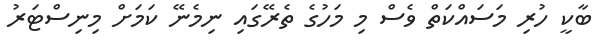
ބާކީ ހުރި މަސައްކަތް ވެސް މި މަހުގެ ތެރޭގައި ނިމެނޭ ކަމަށް މިނިސްޓަރު